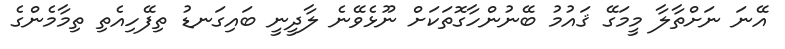
އޭނަ ނަށްތާލާ މީމަގޭ ޤައުމު ބޭނުންހާގޮތަކަށް ނޫޅެވޭނެ ލާދީނީ ބައިގަނޑު ތިފޭހިއެތި ތިމާމެންގެ